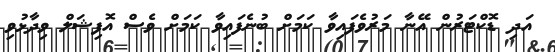
އަދި ޑޮކްޓަރުން އޭނާ މަރުވެފައިވާ ކަމަށް ބުނެފައިވާ ކަމަށް ވެސް އޮފިޝަލް ވިދާޅުވި